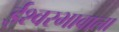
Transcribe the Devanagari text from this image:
ईश्‍वरभावाला